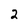
Character: 2